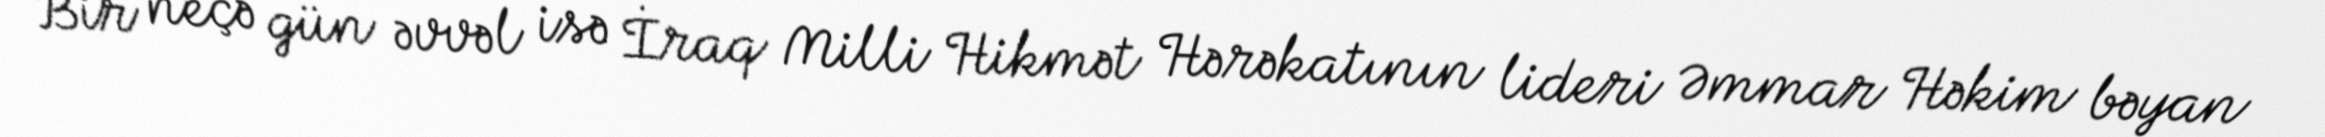
Bir neçə gün əvvəl isə İraq Milli Hikmət Hərəkatının lideri Əmmar Həkim bəyan